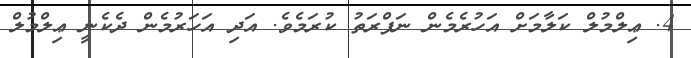
4. ޢިލްމުލް ކަލާމަށް އަހުރެމެން ނަފްރަތު ކުރަމެވެ. އަދި އަހަރުމެން ދެކެނީ ޢިލްމުލް